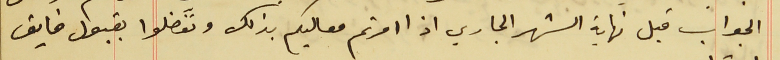
الجواب قبل نهاية الشهر الجاري اذا امرتم معاليكم بذلك وتفضلوا بقبول فايق